Vaccination Hyderabad 1872-1889 - 1872-1889
Year: 1872
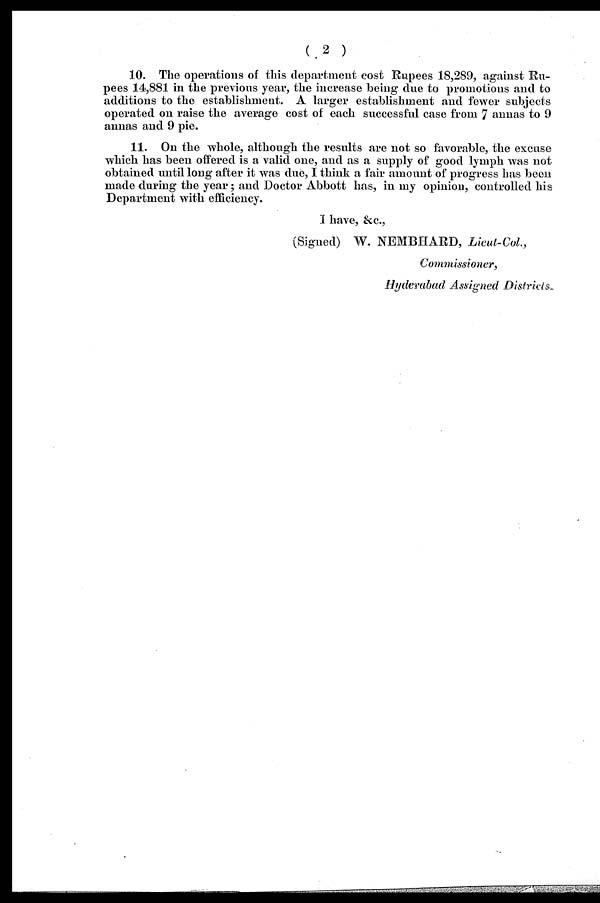
( 2 )
10. The operations of this department cost Rupees 18,289, against Ru-
pees 14,881 in the previous year, the increase being due to promotions and to
additions to the establishment. A larger establishment and fewer subjects
operated on raise the average cost of each successful case from 7 annas to 9
annas and 9 pie.
11. On the whole, although the results are not so favorable, the excuse
which has been offered is a valid one, and as a supply of good lymph was not
obtained until long after it was due, I think a fair amount of progress has been
made during the year; and Doctor Abbott has, in my opinion, controlled his
Department with efficiency.
I have, &c.,
(Signed) W. NEMBHARD, Lieut-Col.,
Commissioner,
Hyderabad Assigned Districts.